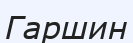
Гаршин